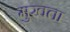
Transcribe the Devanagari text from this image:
मुखता